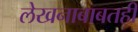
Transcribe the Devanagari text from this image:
लेखनाबाबतही